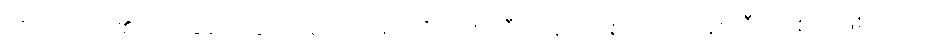
ထိုပညာရပ်၏ အခြေခံ အချက်အလက်များကို ဩစတြီးယန်း ခရစ်ယာန်ဘုန်းကြီး တစ်ပါးဖြစ်သော